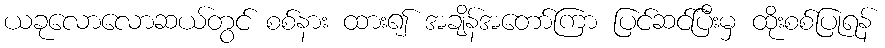
ယခုလောလောဆယ်တွင် စစ်နား ထား၍ အချိန်အတော်ကြာ ပြင်ဆင်ပြီးမှ ထိုးစစ်ပြုရန်